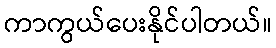
ကာကွယ်ပေးနိုင်ပါတယ်။